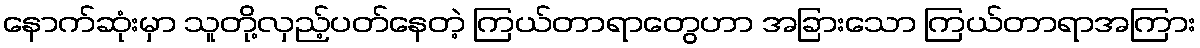
နောက်ဆုံးမှာ သူတို့လှည့်ပတ်နေတဲ့ ကြယ်တာရာတွေဟာ အခြားသော ကြယ်တာရာအကြား